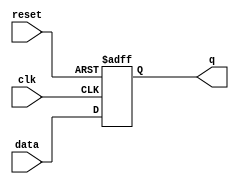
module latch (
    input wire clk,
    input wire reset,
    input wire data,
    output reg q
);

always @(posedge clk or posedge reset)
begin
    if (reset) begin
        q <= 1'b0;
    end else begin
        q <= data;
    end
end

endmodule